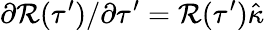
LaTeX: \partial\mathcal{R}(\tau^{\prime})/\partial\tau^{\prime}=\mathcal{R}(\tau^{\prime})\hat{\kappa}